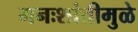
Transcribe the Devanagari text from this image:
मनःशांतीमुळे